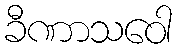
ခီဏာသဝေါ